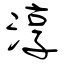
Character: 淳